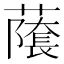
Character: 𬞾